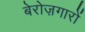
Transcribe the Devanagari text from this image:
बेरोज़गारों